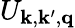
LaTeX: U_{\mathbf{k},\mathbf{k}^{\prime},\mathbf{q}}